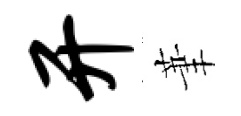
开茟